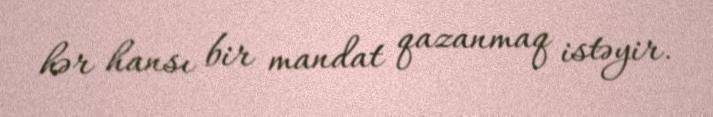
hər hansı bir mandat qazanmaq istəyir.